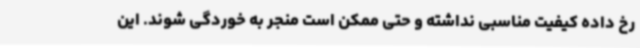
رخ داده کیفیت مناسبی نداشته و حتی ممکن است منجر به خوردگی شوند. این